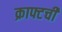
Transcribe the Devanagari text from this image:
क्राफ्टची